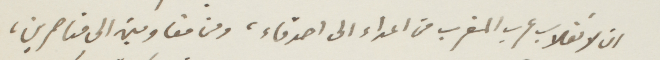
ان لانقلاب عرب المغرب من اعداء الى اصدقاء، ومن مقاومين إلى مناصرين،